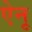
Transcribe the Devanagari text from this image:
ऐनू